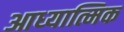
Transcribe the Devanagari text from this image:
आध्‍यात्मिक